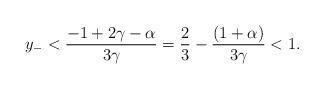
LaTeX: \begin{align*}y_{-}<\frac{-1+2\gamma -\alpha}{3\gamma} =\frac{2}{3}-\frac{(1+\alpha)}{3\gamma}<1.\end{align*}